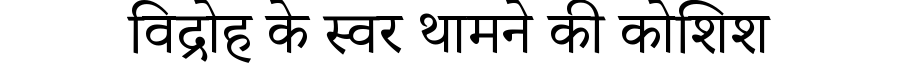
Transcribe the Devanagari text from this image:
विद्रोह के स्वर थामने की कोशिश